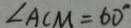
\angle A C M = 6 0 ^ { \circ }